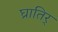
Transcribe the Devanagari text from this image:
घ्रातिर्